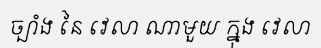
ច្បាំង នៃ វេលា ណាមួយ ក្នុង វេលា